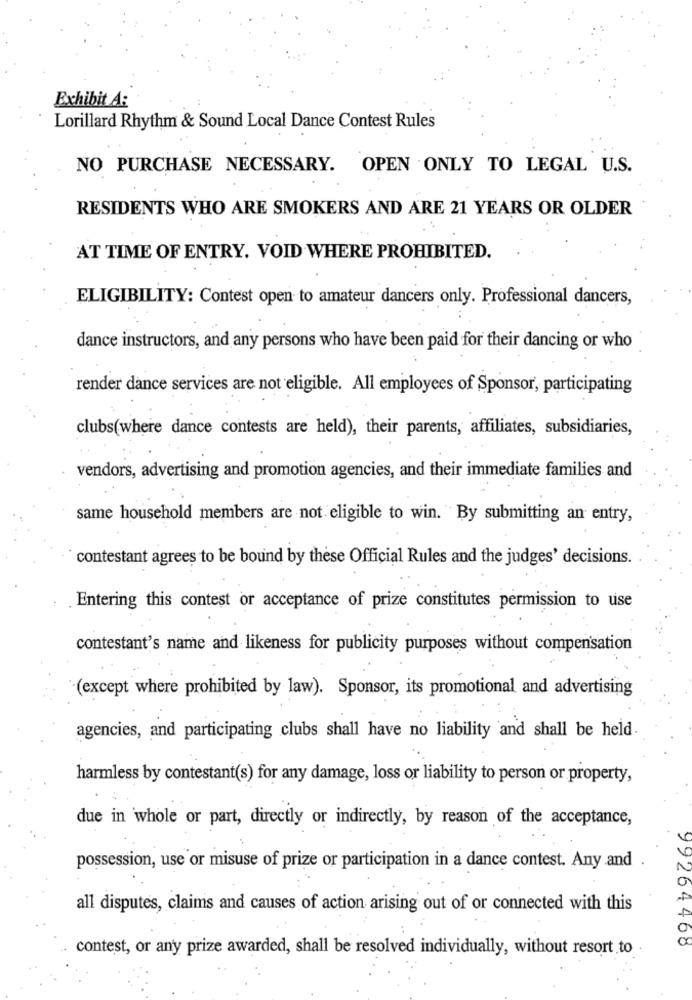
Exhibit A:
Lorillard Rhythm & Sound Local Dance Contest Rules
NO PURCHASE NECESSARY. OPEN ONLY TO LEGAL U.S.
RESIDENTS WHO ARE SMOKERS AND ARE 21 YEARS OR OLDER
AT TIME OF ENTRY. VOID WHERE PROHIBITED.
ELIGIBILITY: Contest open to amateur dancers only. Professional dancers,
dance instructors, and any persons who have been paid for their dancing or who
render dance services are not eligible. All employees of Sponsor, participating
clubs(where dance contests are held), their parents, affiliates, subsidiaries,
vendors, advertising and promotion agencies, and their immediate families and
same household members are not eligible to win. By submitting an entry,
contestant agrees to be bound by these Official Rules and the judges' decisions.
Entering this contest or acceptance of prize constitutes permission to use
contestant's name and likeness for publicity purposes without compensation
(except where prohibited by law). Sponsor, its promotional and advertising
agencies, and participating clubs shall have no liability and shall be held
harmless by contestant(s) for any damage, loss or liability to person or property,
due in whole or part, directly or indirectly, by reason of the acceptance,
possession, use or misuse of prize or participation in a dance contest. Any and .
all disputes, claims and causes of action arising out of or connected with this
99264468
contest, or any prize awarded, shall be resolved individually, without resort to